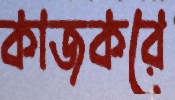
কাজকরে